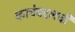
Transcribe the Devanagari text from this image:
काचेबद्दलची